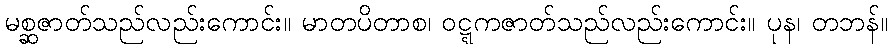
မစ္ဆဇာတ်သည်လည်းကောင်း။ မာတပိတာစ၊ ဝဋ္ဋကဇာတ်သည်လည်းကောင်း။ ပုန၊ တဘန်။